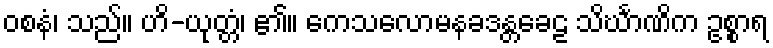
ဝစနံ၊ သည်။ ဟိ-ယုတ္တံ၊ ၏။ ကေသလောမနခဒန္တခေဠ သိင်္ဃာဏိက ဥစ္စာရ